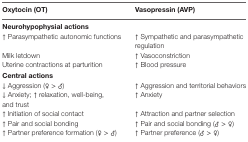
<table><thead><tr><td><b>Oxytocin (OT)</b></td><td><b>Vasopressin (AVP)</b></td></tr></thead><tbody><tr><td colspan="2"><b>Neurohypophysial actions</b></td></tr><tr><td>↑ Parasympathetic autonomic functions</td><td>↑ Sympathetic and parasympathetic regulation</td></tr><tr><td>Milk letdown</td><td>↑ Vasoconstriction</td></tr><tr><td>Uterine contractions at parturition</td><td>↑ Blood pressure</td></tr><tr><td colspan="2"><b>Central actions</b></td></tr><tr><td>↓ Aggression (♀ &gt; ♂)</td><td>↑ Aggression and territorial behaviors</td></tr><tr><td>↓ Anxiety; ↑ relaxation, well-being, and trust</td><td>↑ Anxiety</td></tr><tr><td>↑ Initiation of social contact</td><td>↑ Attraction and partner selection</td></tr><tr><td>↑ Pair and social bonding</td><td>↑ Pair and social bonding (♂ &gt; ♀)</td></tr><tr><td>↑ Partner preference formation (♀ &gt; ♂)</td><td>↑ Partner preference (♂ &gt; ♀)</td></tr></tbody></table>